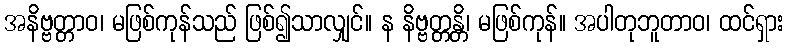
အနိဗ္ဗတ္တာဝ၊ မဖြစ်ကုန်သည် ဖြစ်၍သာလျှင်။ န နိဗ္ဗတ္တန္တိ၊ မဖြစ်ကုန်။ အပါတုဘူတာဝ၊ ထင်ရှား